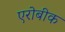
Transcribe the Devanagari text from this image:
एरोबीक